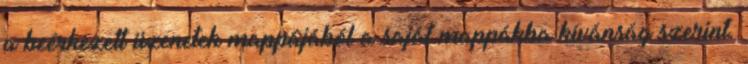
a beérkezett üzenetek mappájából a saját mappákba kívánság szerint.